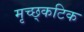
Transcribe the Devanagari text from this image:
मृच्छ्कटिक